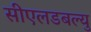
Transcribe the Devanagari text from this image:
सीएलडबल्यु